Leaving Certificate, 1899
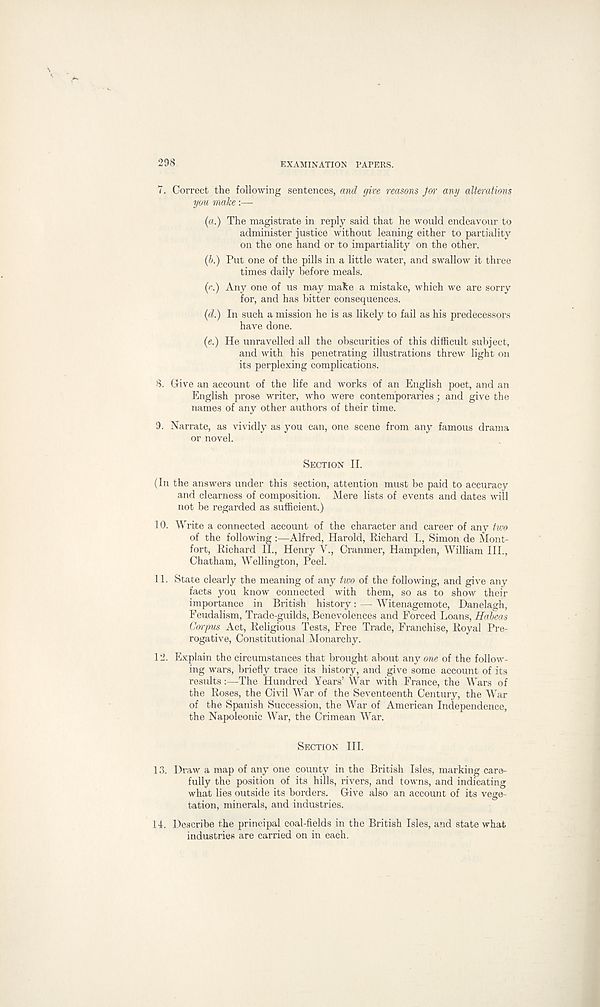
298
EXAMINATION PAPERS.
7. Correct the following sentences, and give reasons for any alterations
you make:—-
(a.) The magistrate in reply said that he would endeavour to
administer justice without leaning either to partiality
on the one hand or to impartiality on the other.
(6.) Put one of the pills in a little water, and swallow it three
times daily before meals.
(r.) Any one of us may make a mistake, which we are sorry
for, and has bitter consequences.
(d.) In such a mission he is as likely to fail as his predecessors
have done.
(e.) He unravelled all the obscurities of this difficult subject,
and with his penetrating illustrations threw light on
its perplexing complications.
8. Give an account of the life and works of an English poet, and an
English prose writer, who were contemporaries ; and give the
names of any other authors of their time.
9. Narrate, as vividly as you can, one scene from any famous drama
or novel.
SECTION II.
(In the answers under this section, attention must be paid to accuracy
and clearness of composition. Mere lists of events and dates will
not be regarded as sufficient.)
10. Write a connected account of the character and career of any tv:o
of the following :—Alfred, Harold, Richard L, Simon de Mont-
fort, Richard II., Henry V., Cranmer, Hampden, William III.,
Chatham, Wellington, Peel.
11. State clearly the meaning of any two of the following, and give any
facts you know connected with them, so as to show their
importance in British history: — Witenagemote, Danelagh,
Feudalism, Trade-guilds, Benevolences and Forced Loans, Habeas
Corpus Act, Religious Tests, Free Trade, Franchise, Royal Pre-
rogative, Constitutional Monarchy.
12. Explain the circumstances that brought about any one of the follow-
ing wars, briefly trace its history, and give some account of its
results:—The Hundred Years’ War with France, the Wars of
the Roses, the Civil War of the Seventeenth Century, the War
of the Spanish Succession, the War of American Independence,
the Napoleonic War, the Crimean War.
SECTION HI.
13. Draw a map of any one county in the British Isles, marking care-
fully the position of its hills, rivers, and towns, and indicating
what lies outside its borders. Give also an account of its vege-
tation, minerals, and industries.
14. Describe the principal coal-fields in the British Isles, and state what
industries are carried on in each.